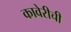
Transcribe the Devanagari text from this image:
कावेरीची